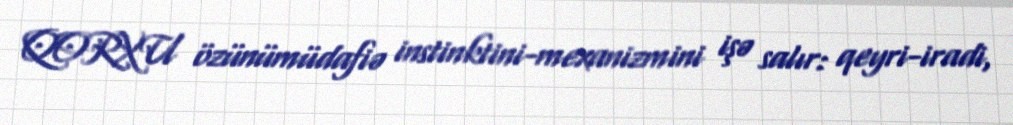
QORXU özünümüdafiə instinktini-mexanizmini işə salır: qeyri-iradi,